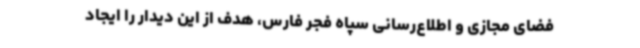
فضای مجازی و اطلاع‌رسانی سپاه فجر فارس،‌ هدف از این دیدار را ایجاد